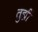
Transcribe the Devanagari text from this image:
तुह्मीं